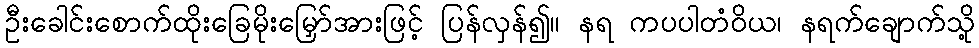
ဦးခေါင်းစောက်ထိုးခြေမိုးမြှော်အားဖြင့် ပြန်လှန်၍။ နရ ကပပါတံဝိယ၊ နရက်ချောက်သို့